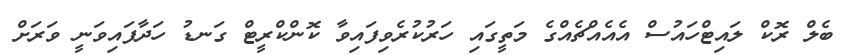
ބެލް ރޮކް ލައިޓްހައުސް އެއެއްޗެއްގެ މަތީގައި ހަރުކުރެވިފައިވާ ކޮންކްރީޓް ގަނޑު ހަދާފައިވަނީ ވަރަށް